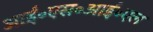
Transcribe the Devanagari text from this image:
आई॰एस॰आई॰एल